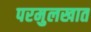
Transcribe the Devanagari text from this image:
परमुलखात